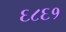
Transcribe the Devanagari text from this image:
६८६१